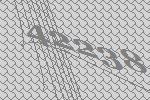
42238